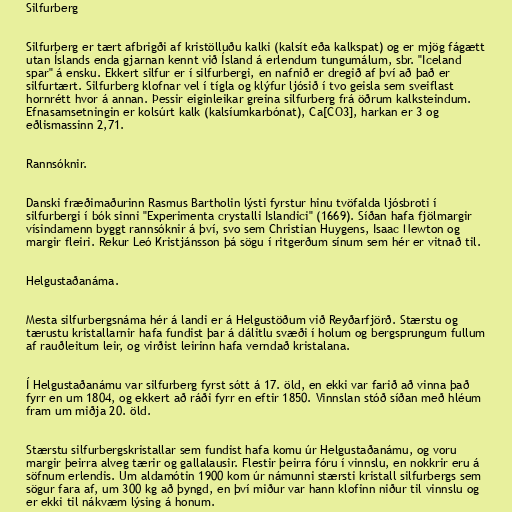
Silfurberg

Silfurberg er tært afbrigði af kristölluðu kalki (kalsít eða kalkspat) og er mjög fágætt
utan Íslands enda gjarnan kennt við Ísland á erlendum tungumálum, sbr. "Iceland
spar" á ensku. Ekkert silfur er í silfurbergi, en nafnið er dregið af því að það er
silfurtært. Silfurberg klofnar vel í tígla og klýfur ljósið í tvo geisla sem sveiflast
hornrétt hvor á annan. Þessir eiginleikar greina silfurberg frá öðrum kalksteindum.
Efnasamsetningin er kolsúrt kalk (kalsíumkarbónat), Ca[CO3], harkan er 3 og
eðlismassinn 2,71.

Rannsóknir.

Danski fræðimaðurinn Rasmus Bartholin lýsti fyrstur hinu tvöfalda ljósbroti í
silfurbergi í bók sinni "Experimenta crystalli Islandici" (1669). Síðan hafa fjölmargir
vísindamenn byggt rannsóknir á því, svo sem Christian Huygens, Isaac Newton og
margir fleiri. Rekur Leó Kristjánsson þá sögu í ritgerðum sínum sem hér er vitnað til.

Helgustaðanáma.

Mesta silfurbergsnáma hér á landi er á Helgustöðum við Reyðarfjörð. Stærstu og
tærustu kristallarnir hafa fundist þar á dálitlu svæði í holum og bergsprungum fullum
af rauðleitum leir, og virðist leirinn hafa verndað kristalana.

Í Helgustaðanámu var silfurberg fyrst sótt á 17. öld, en ekki var farið að vinna það
fyrr en um 1804, og ekkert að ráði fyrr en eftir 1850. Vinnslan stóð síðan með hléum
fram um miðja 20. öld.

Stærstu silfurbergskristallar sem fundist hafa komu úr Helgustaðanámu, og voru
margir þeirra alveg tærir og gallalausir. Flestir þeirra fóru í vinnslu, en nokkrir eru á
söfnum erlendis. Um aldamótin 1900 kom úr námunni stærsti kristall silfurbergs sem
sögur fara af, um 300 kg að þyngd, en því miður var hann klofinn niður til vinnslu og
er ekki til nákvæm lýsing á honum.